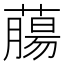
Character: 𦼳